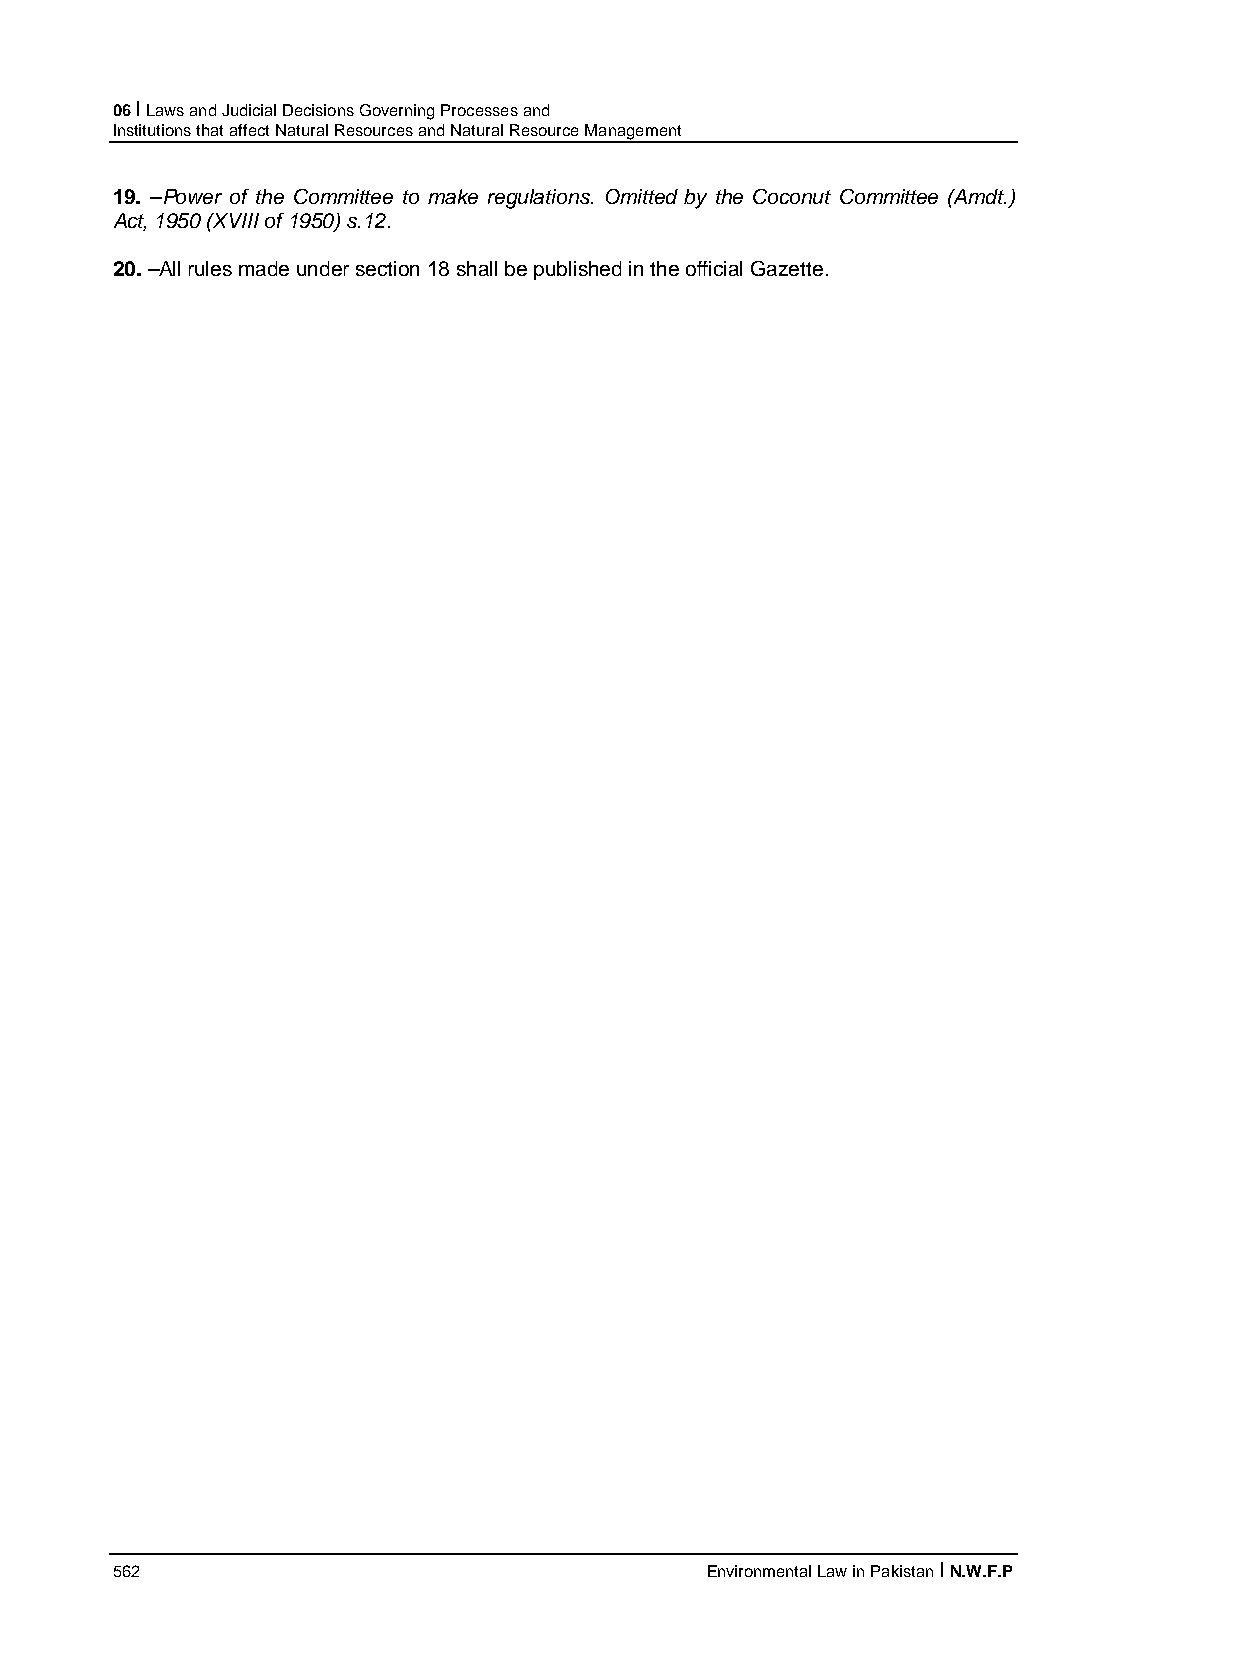
06 I Laws and Judicial Decisions Governing Processes and
 Institutions that affect Natural Resources and Natural Resource Management
 19. –Power of the Committee to make regulations. Omitted by the Coconut Committee (Amdt.)
 Act, 1950 (XVIII of 1950) s.12.
 20. –All rules made under section 18 shall be published in the official Gazette.
 562                                     Environmental Law in Pakistan I N.W.F.P